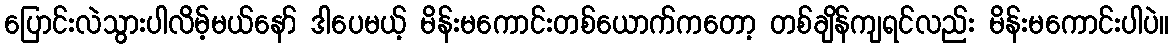
ပြောင်းလဲသွားပါလိမ့်မယ်နော် ဒါပေမယ့် မိန်းမကောင်းတစ်ယောက်ကတော့ တစ်ချိန်ကျရင်လည်း မိန်းမကောင်းပါပဲ။